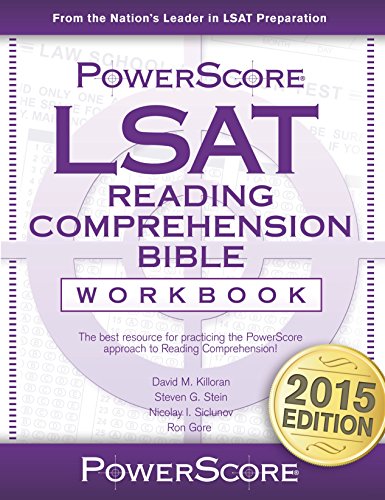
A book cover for The PowerScore LSAT Reading Comprehension Bible Workbook; David M. Killoran; Test Preparation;